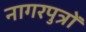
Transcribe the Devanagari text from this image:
नागरपुत्रों